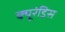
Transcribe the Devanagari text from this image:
क्यूरंडिस